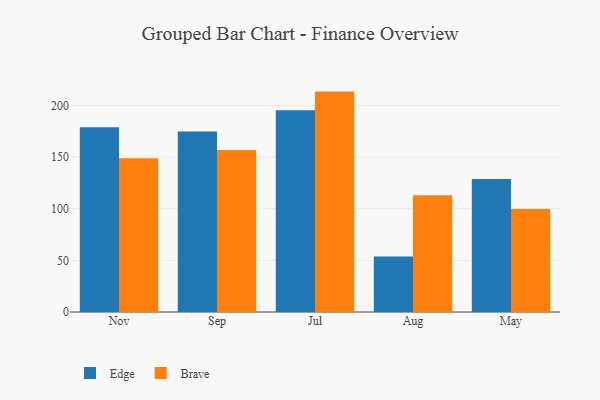
{"axis": {"x": "Month", "y": "Churn Rate (%)"}, "legend": ["Brave", "Edge"], "data": [{"x": "Nov", "y": 178.8, "type": "Edge"}, {"x": "Nov", "y": 148.9, "type": "Brave"}, {"x": "Sep", "y": 174.7, "type": "Edge"}, {"x": "Sep", "y": 156.8, "type": "Brave"}, {"x": "Jul", "y": 195.3, "type": "Edge"}, {"x": "Jul", "y": 213.3, "type": "Brave"}, {"x": "Aug", "y": 53.8, "type": "Edge"}, {"x": "Aug", "y": 113.1, "type": "Brave"}, {"x": "May", "y": 128.8, "type": "Edge"}, {"x": "May", "y": 99.6, "type": "Brave"}]}